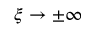
\xi \to \pm \infty